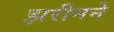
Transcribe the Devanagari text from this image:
झरीनने